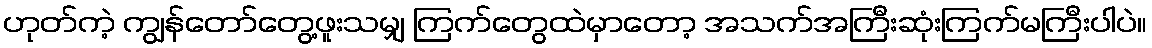
ဟုတ်ကဲ့ ကျွန်တော်တွေ့ဖူးသမျှ ကြက်တွေထဲမှာတော့ အသက်အကြီးဆုံးကြက်မကြီးပါပဲ။